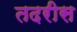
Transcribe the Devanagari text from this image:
तदरीस